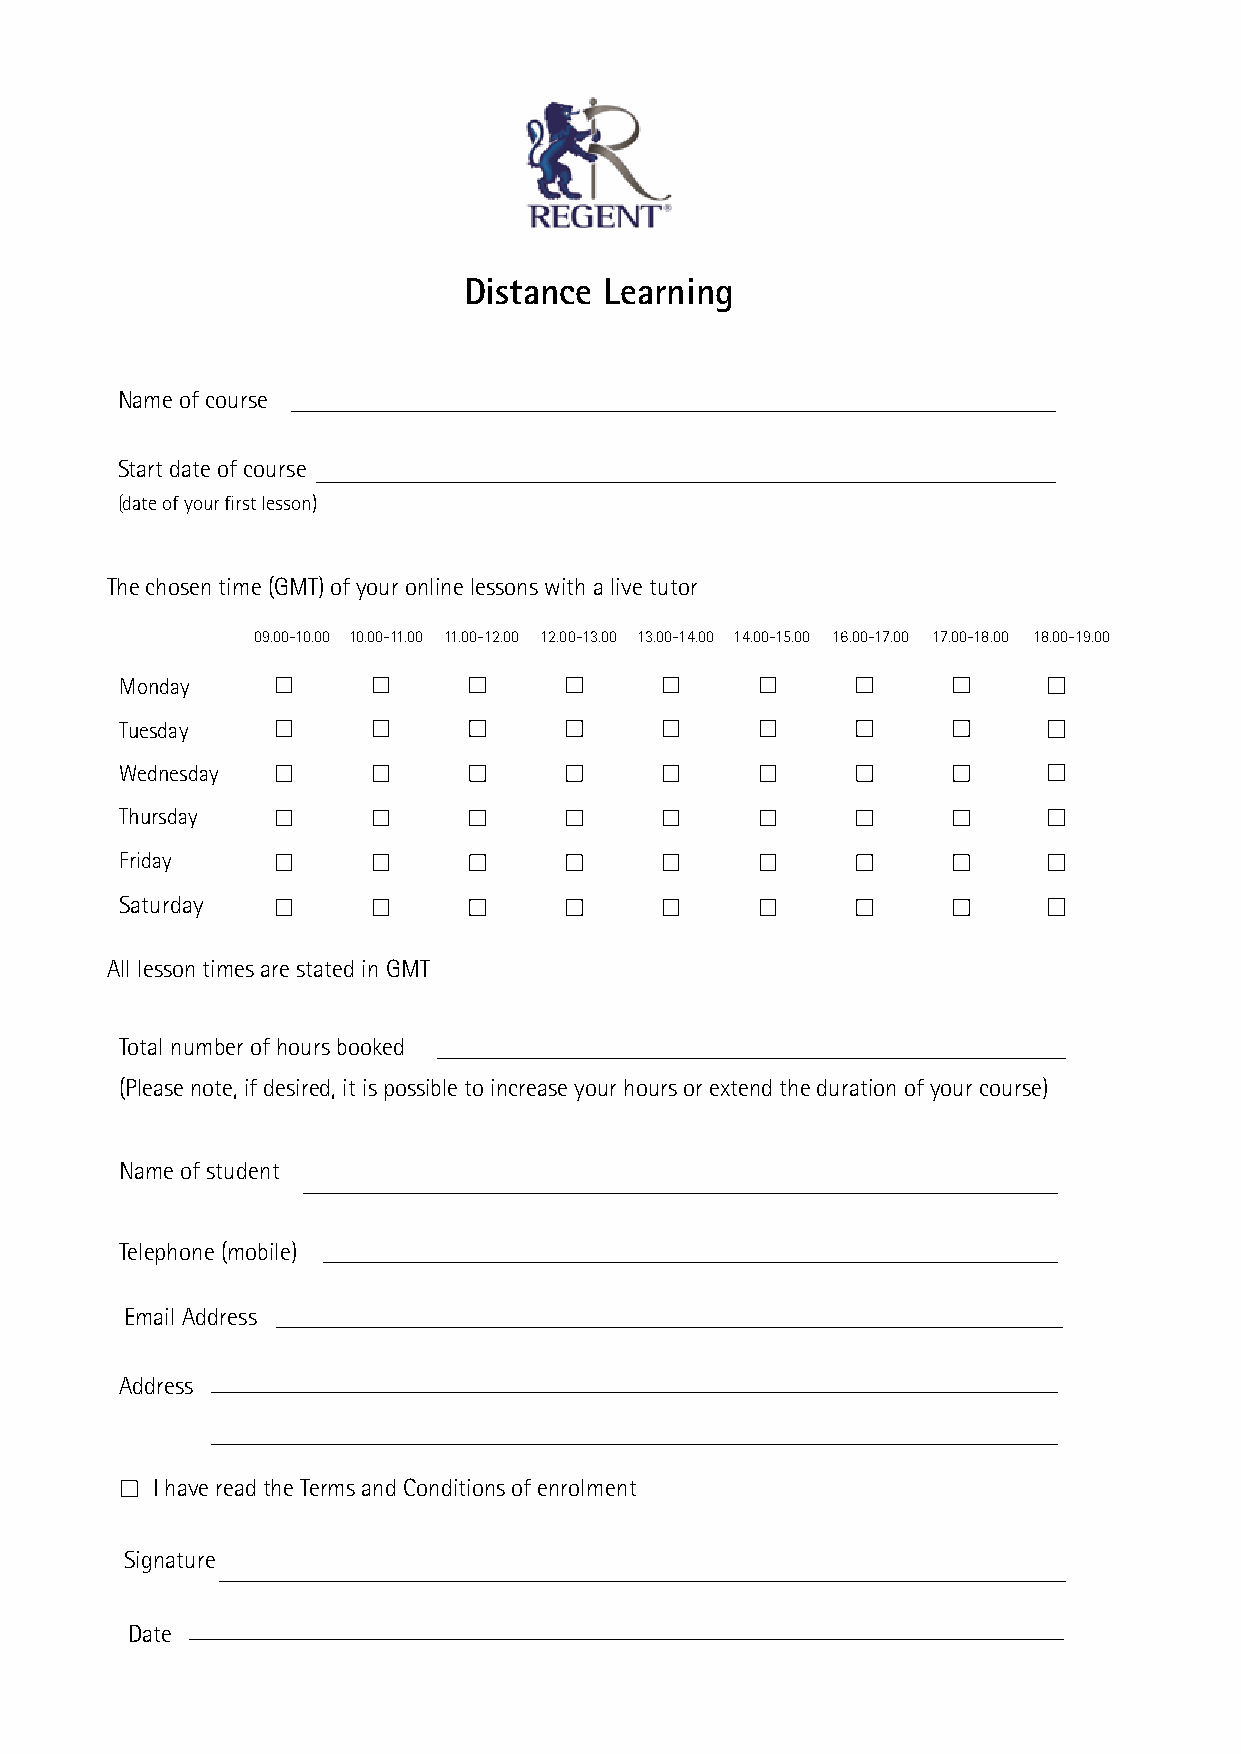
Distance Learning
 Name of course
 Start date of course
 (date of your first lesson)
 The chosen time (GMT) of your online lessons with a live tutor
 09.00-10.00 10.00-11.00 11.00-12.00 12.00-13.00 13.00-14.00 14.00-15.00 16.00-17.00 17.00-18.00 18.00-19.00
 Monday
 Tuesday
 Wednesday
 Thursday
 Friday
 Saturday
 All lesson times are stated in GMT
 Total number of hours booked
 (Please note, if desired, it is possible to increase your hours or extend the duration of your course)
 Name of student
 Telephone (mobile)
 Email Address
 Address
 I have read the Terms and Conditions of enrolment
 Signature
 Date